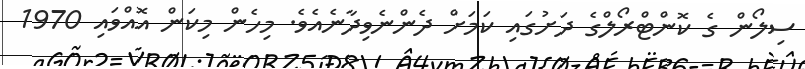
ސިލޯން ގެ ކޮންޓްރޯލްގެ ދަށުގައި ކަމަށް ދެންނެވިދާނެއެވެ. މިހެން މިކަން އޮއްވައި 1970